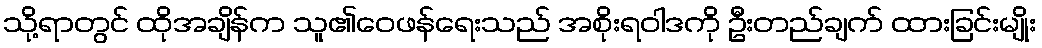
သို့ရာတွင် ထိုအချိန်က သူ၏ဝေဖန်ရေးသည် အစိုးရဝါဒကို ဦးတည်ချက် ထားခြင်းမျိုး